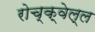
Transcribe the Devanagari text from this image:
रोच्क्वेल्ल